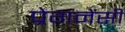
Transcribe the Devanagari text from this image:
प्रेगनेंसी